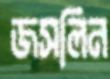
জসলিন